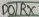
Text: D0/RX